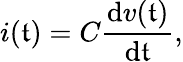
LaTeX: i(\mathfrak{t})=C{\frac{{\mathrm{{d}}v(\mathfrak{t})}}{{\mathrm{{d}}\mathfrak{t}}}},